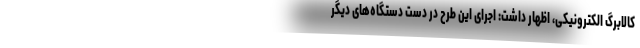
کالابرگ الکترونیکی، اظهار داشت: اجرای این طرح در دست دستگاه‌های دیگر